system: You are a helpful assistant.
user:
Analyze the provided spectrum to determine if it is a **White Dwarf (WD)**.

A White Dwarf spectrum is defined by its **extreme purity** (due to gravitational settling) and/or **extreme pressure broadening** (due to high surface gravity). You must check for one of the following mutually exclusive signatures:

- **Key Visual Indicators (Check for ONE of these types):**

    - **1. DA-Type Signature (Most Common):**
        - **(Primary Feature):** Extreme pressure broadening (Stark broadening) of the **Hydrogen (H) Balmer lines**.
        - **(Key Lines):** $H\beta$ (approx. $4861$ Å) and $H\gamma$ (approx. $4340$ Å). $H\alpha$ (approx. $6563$ Å) will also be present if the wavelength range covers it.
        - **(Line Profile):** This is the **defining feature**. The lines are **NOT** sharp. They appear as massive, **extremely broad and deep "troughs" or "dips"** in the spectrum, often hundreds of Ångströms wide. The continuum will appear to "scoop" down at these wavelengths.
        - **(Distinction):** Normal A-type or B-type stars have *narrow* and *sharp* Hydrogen lines. A DA White Dwarf's lines are unmistakably "smeared" or "blurry" from pressure.

    - **2. DB-Type Signature:**
        - **(Primary Feature):** Broad absorption lines from **Neutral Helium (He I)**. The spectrum must lack any visible Hydrogen lines.
        - **(Key Lines):** Look for broad absorption near $4471$ Å, $4921$ Å, and $5876$ Å.
        - **(Line Profile):** These lines are also significantly pressure-broadened, appearing much wider than they would in a normal B-type main-sequence star.

    - **3. DC-Type Signature:**
        - **(Primary Feature):** A **featureless continuous spectrum**.
        - **(Line Profile):** The spectrum is a smooth curve with **no significant absorption or emission lines**.
        - **(Key Confirmation):** The continuum is almost always **blue or white**, indicating a hot object. This signature implies the atmosphere is so pure (or so cool) that no spectral lines are visible in the optical range. Its WD identity is confirmed by its extremely low intrinsic brightness (high absolute magnitude).

    - **4. DZ-Type Signature (Metal-Polluted):**
        - **(Primary Feature):** **Isolated, narrow metal absorption lines** on an otherwise featureless (DC-like) continuum.
        - **(Key Lines):** The **Calcium (Ca II) H & K doublet** (approx. **$3934$ Å** and **$3968$ Å**) is the most common and defining feature.
        - **(Line Profile):** These lines are "out of place." They are *not* part of a "forest" of thousands of lines. This signature is evidence of recent *accretion* (pollution) from rocky debris.
        - **(Distinction):** Normal G/K/M stars have a *dense forest* of thousands of metal lines. A DZ has a *clean* continuum with *only a few* strong metal lines.

    - **5. DQ-Type Signature (Carbon-Polluted):**
        - **(Primary Feature):** Absorption bands from **Carbon (C₂ "Swan Bands" or atomic C I)**.
        - **(Key Lines - C₂):** Look for bandheads with a "saw-tooth" shape near $5635$ Å, **$5165$ Å** (strongest), and $4737$ Å.
        - **(Key Confirmation):** The underlying **continuum must be blue or white** (hot).
        - **(Distinction):** This is the critical difference from a **Carbon Star**, which has the *exact same* C₂ bands but on an extremely **red, cool** continuum.

- **(Overall Spectrum):**
    - The continuum (overall shape) is typically **blue-sloping** (brighter in the blue than the red), as most white dwarfs are very hot.
    - The spectrum will look "pure" or "simple," dominated by only *one* of the five signatures listed above.

Think first, call **spectral_visualization_tool** if needed to examine features in detail, then provide your final answer. Your response must adhere to the following strict rules:
1.  **Overall Structure:** Your response must follow the format `<think>...</think> <tool_call>...</tool_call> (if a tool is used) <answer>...</answer>`.
2.  **Tool Usage Constraint:** You may only make **one** tool call per turn.
3.  **Final Answer Format:** In the `<answer>` tag, your conclusion must be inside a `\boxed{}` command (e.g., `\boxed{YES}` or `\boxed{NO}`), followed by your justification.

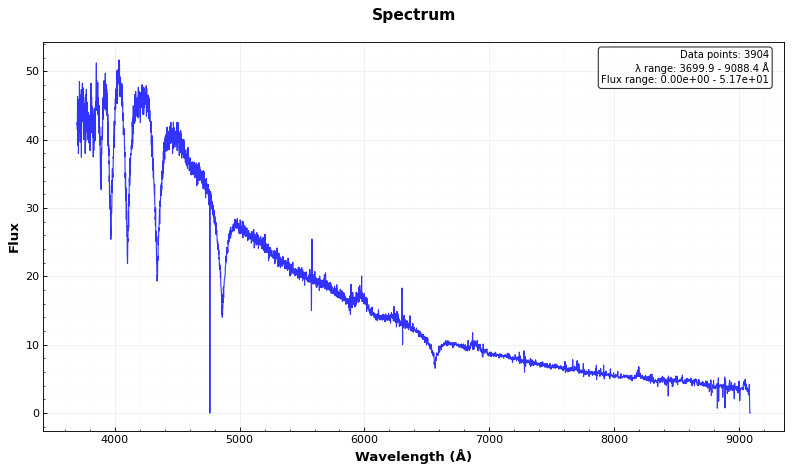
Answer: YES